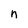
Character: n